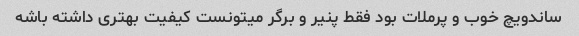
ساندویچ خوب و پرملات بود فقط پنیر و برگر میتونست کیفیت بهتری داشته باشه